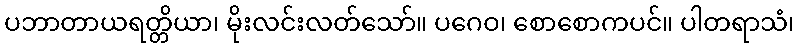
ပဘာတာယရတ္တိယာ၊ မိုးလင်းလတ်သော်။ ပဂေဝ၊ စောစောကပင်။ ပါတရာသံ၊